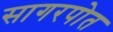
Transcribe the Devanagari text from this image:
सागरपोत